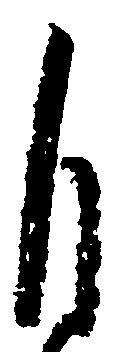
自